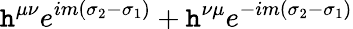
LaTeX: \mathtt{h}^{\mu\nu}e^{im(\sigma_{2}-\sigma_{1})}+\mathtt{h}^{\nu\mu}e^{-im(\sigma_{2}-\sigma_{1})}